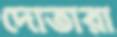
দোতারা